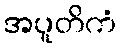
အပူတိကံ